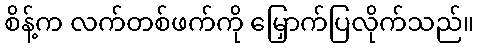
စိန့်က လက်တစ်ဖက်ကို မြှောက်ပြလိုက်သည်။